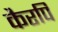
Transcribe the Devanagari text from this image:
कैरपि